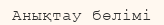
Анықтау бөлімі